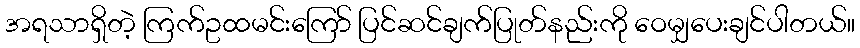
အရသာရှိတဲ့ ကြက်ဥထမင်းကြော် ပြင်ဆင်ချက်ပြုတ်နည်းကို ဝေမျှပေးချင်ပါတယ်။